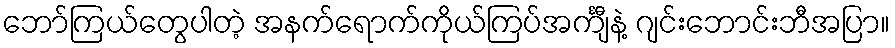
ဘော်ကြယ်တွေပါတဲ့ အနက်ရောက်ကိုယ်ကြပ်အင်္ကျီနဲ့ ဂျင်းဘောင်းဘီအပြာ။